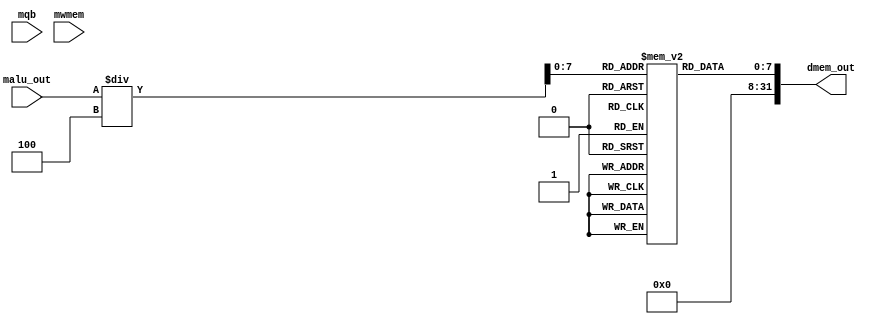
`timescale 1ns / 1ps
//////////////////////////////////////////////////////////////////////////////////
// Company: 
// Engineer: 
// 
// Design Name: junwoo seo
// Module Name: Dmem
// Project Name: mips
// Target Devices: 
// Tool Versions: 
// Description: 
// 
// Dependencies: 
// 
// Revision:
// Revision 0.01 - File Created
// Additional Comments:
// 
//////////////////////////////////////////////////////////////////////////////////


module Dmem(
    input [31:0] malu_out,
    input [31:0] mqb,
    input mwmem, 
    output wire [31:0] dmem_out
    );
    reg [7:0] DMEMO [250:0];
    initial 
    begin
    DMEMO[0] = 'hA00000AA;
    DMEMO[1] = 'h10000011;
    DMEMO[2] = 'h20000022;
    DMEMO[3] = 'h30000033;
    DMEMO[4] = 'h40000044;
    DMEMO[5] = 'h50000055;
    DMEMO[6] = 'h60000066;
    DMEMO[7] = 'h70000077;
    DMEMO[8] = 'h80000088;
    DMEMO[9] = 'h90000099;
    
    
    end
    

    assign dmem_out = DMEMO[malu_out/4];

    
    
    
    
    
endmodule